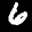
Label: 6